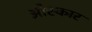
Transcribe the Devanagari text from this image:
ओस्कार